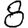
Digit: 8